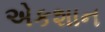
એકશાન